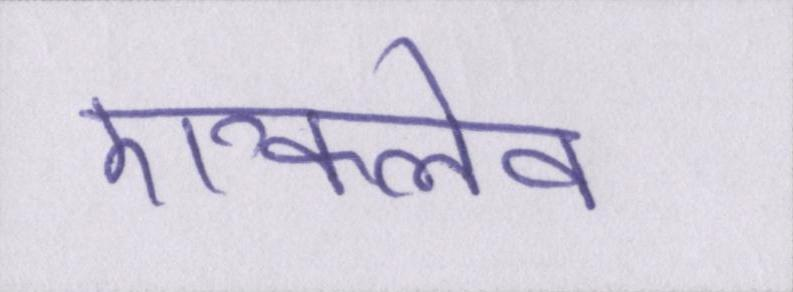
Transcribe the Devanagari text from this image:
एन्क्लेव